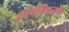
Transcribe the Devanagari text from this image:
वाष्‍पीकरण